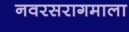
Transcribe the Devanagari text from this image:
नवरसरागमाला